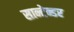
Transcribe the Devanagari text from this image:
सान्टेन्डर